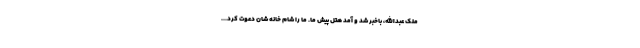
ملک عبدالله، باخبر شد و آمد هتل پیش ما. ما را شام خانه شان دعوت کرد...